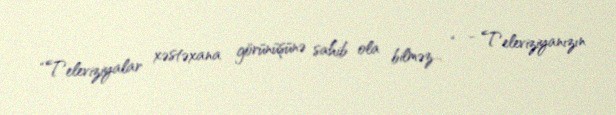
“Televiziyalar xəstəxana görünüşünə sahib ola bilməz... “ - Televiziyanızın